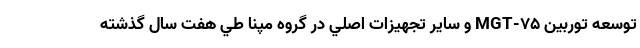
توسعه توربین MGT-75 و ساير تجهيزات اصلي در گروه مپنا طي هفت سال گذشته